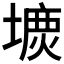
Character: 𡐝